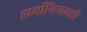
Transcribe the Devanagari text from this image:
हार्मोनियमही